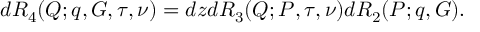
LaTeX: d { \cal R } _ { 4 } ( Q ; q , G , \tau , \nu ) = d z d { \cal R } _ { 3 } ( Q ; P , \tau , \nu ) d { \cal R } _ { 2 } ( P ; q , G ) .